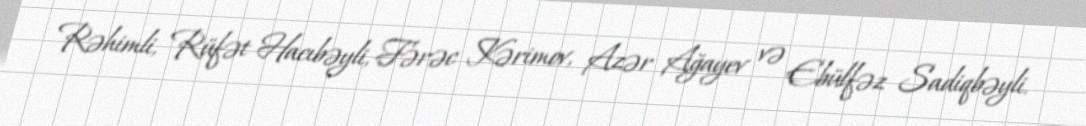
Rəhimli, Rüfət Hacıbəyli, Fərəc Kərimov, Azər Ağayev və Ebülfəz Sadiqbəyli.